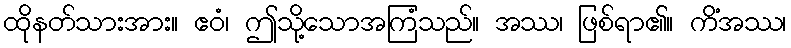
ထိုနတ်သားအား။ ဧဝံ၊ ဤသို့သောအကြံသည်။ အဿ၊ ဖြစ်ရာ၏။ ကိံအဿ၊